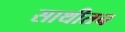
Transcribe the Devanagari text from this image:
साथीतच